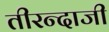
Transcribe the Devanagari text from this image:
तीरन्दाजी